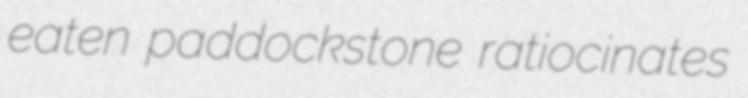
eaten paddockstone ratiocinates